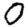
Digit: 0